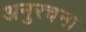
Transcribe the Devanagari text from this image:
अनुरचना